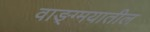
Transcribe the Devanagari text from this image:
वाङ्ग्मयातील